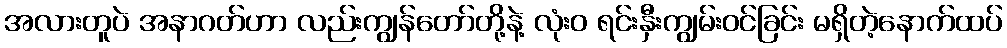
အလားတူပဲ အနာဂတ်ဟာ လည်းကျွန်တော်တို့နဲ့ လုံးဝ ရင်းနှီးကျွမ်းဝင်ခြင်း မရှိတဲ့နောက်ထပ်